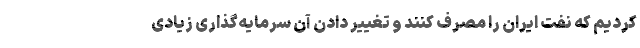
کردیم که نفت ایران را مصرف کنند و تغییر دادن آن سرمایه‌گذاری زیادی